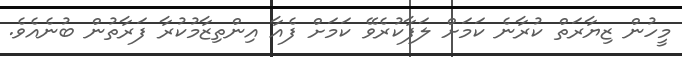
މީހުން ޒިޔާރަތް ކުރާނެ ކަމަށް ލަފާކުރެވޭ ކަމަށް ފެއާ އިންތިޒާމުކުރާ ފަރާތުން ބުނެއެވެ.